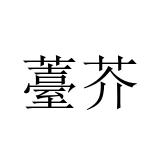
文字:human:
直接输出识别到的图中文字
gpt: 薹芥